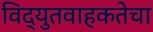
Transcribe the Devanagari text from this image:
विद्युतवाहकतेचा